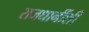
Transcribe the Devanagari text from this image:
राजधानींशी